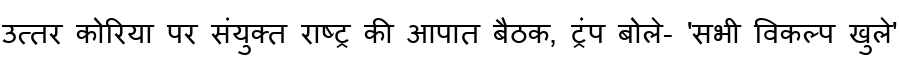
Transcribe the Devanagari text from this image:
उत्तर कोरिया पर संयुक्त राष्ट्र की आपात बैठक, ट्रंप बोले- 'सभी विकल्प खुले'